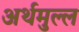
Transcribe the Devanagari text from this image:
अर्थमुल्ल